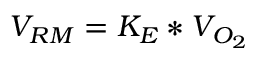
V _ { R M } = K _ { E } * V _ { O _ { 2 } }